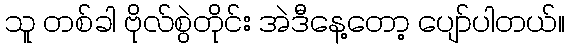
သူ တစ်ခါ ဗိုလ်စွဲတိုင်း အဲဒီနေ့တော့ ပျော်ပါတယ်။